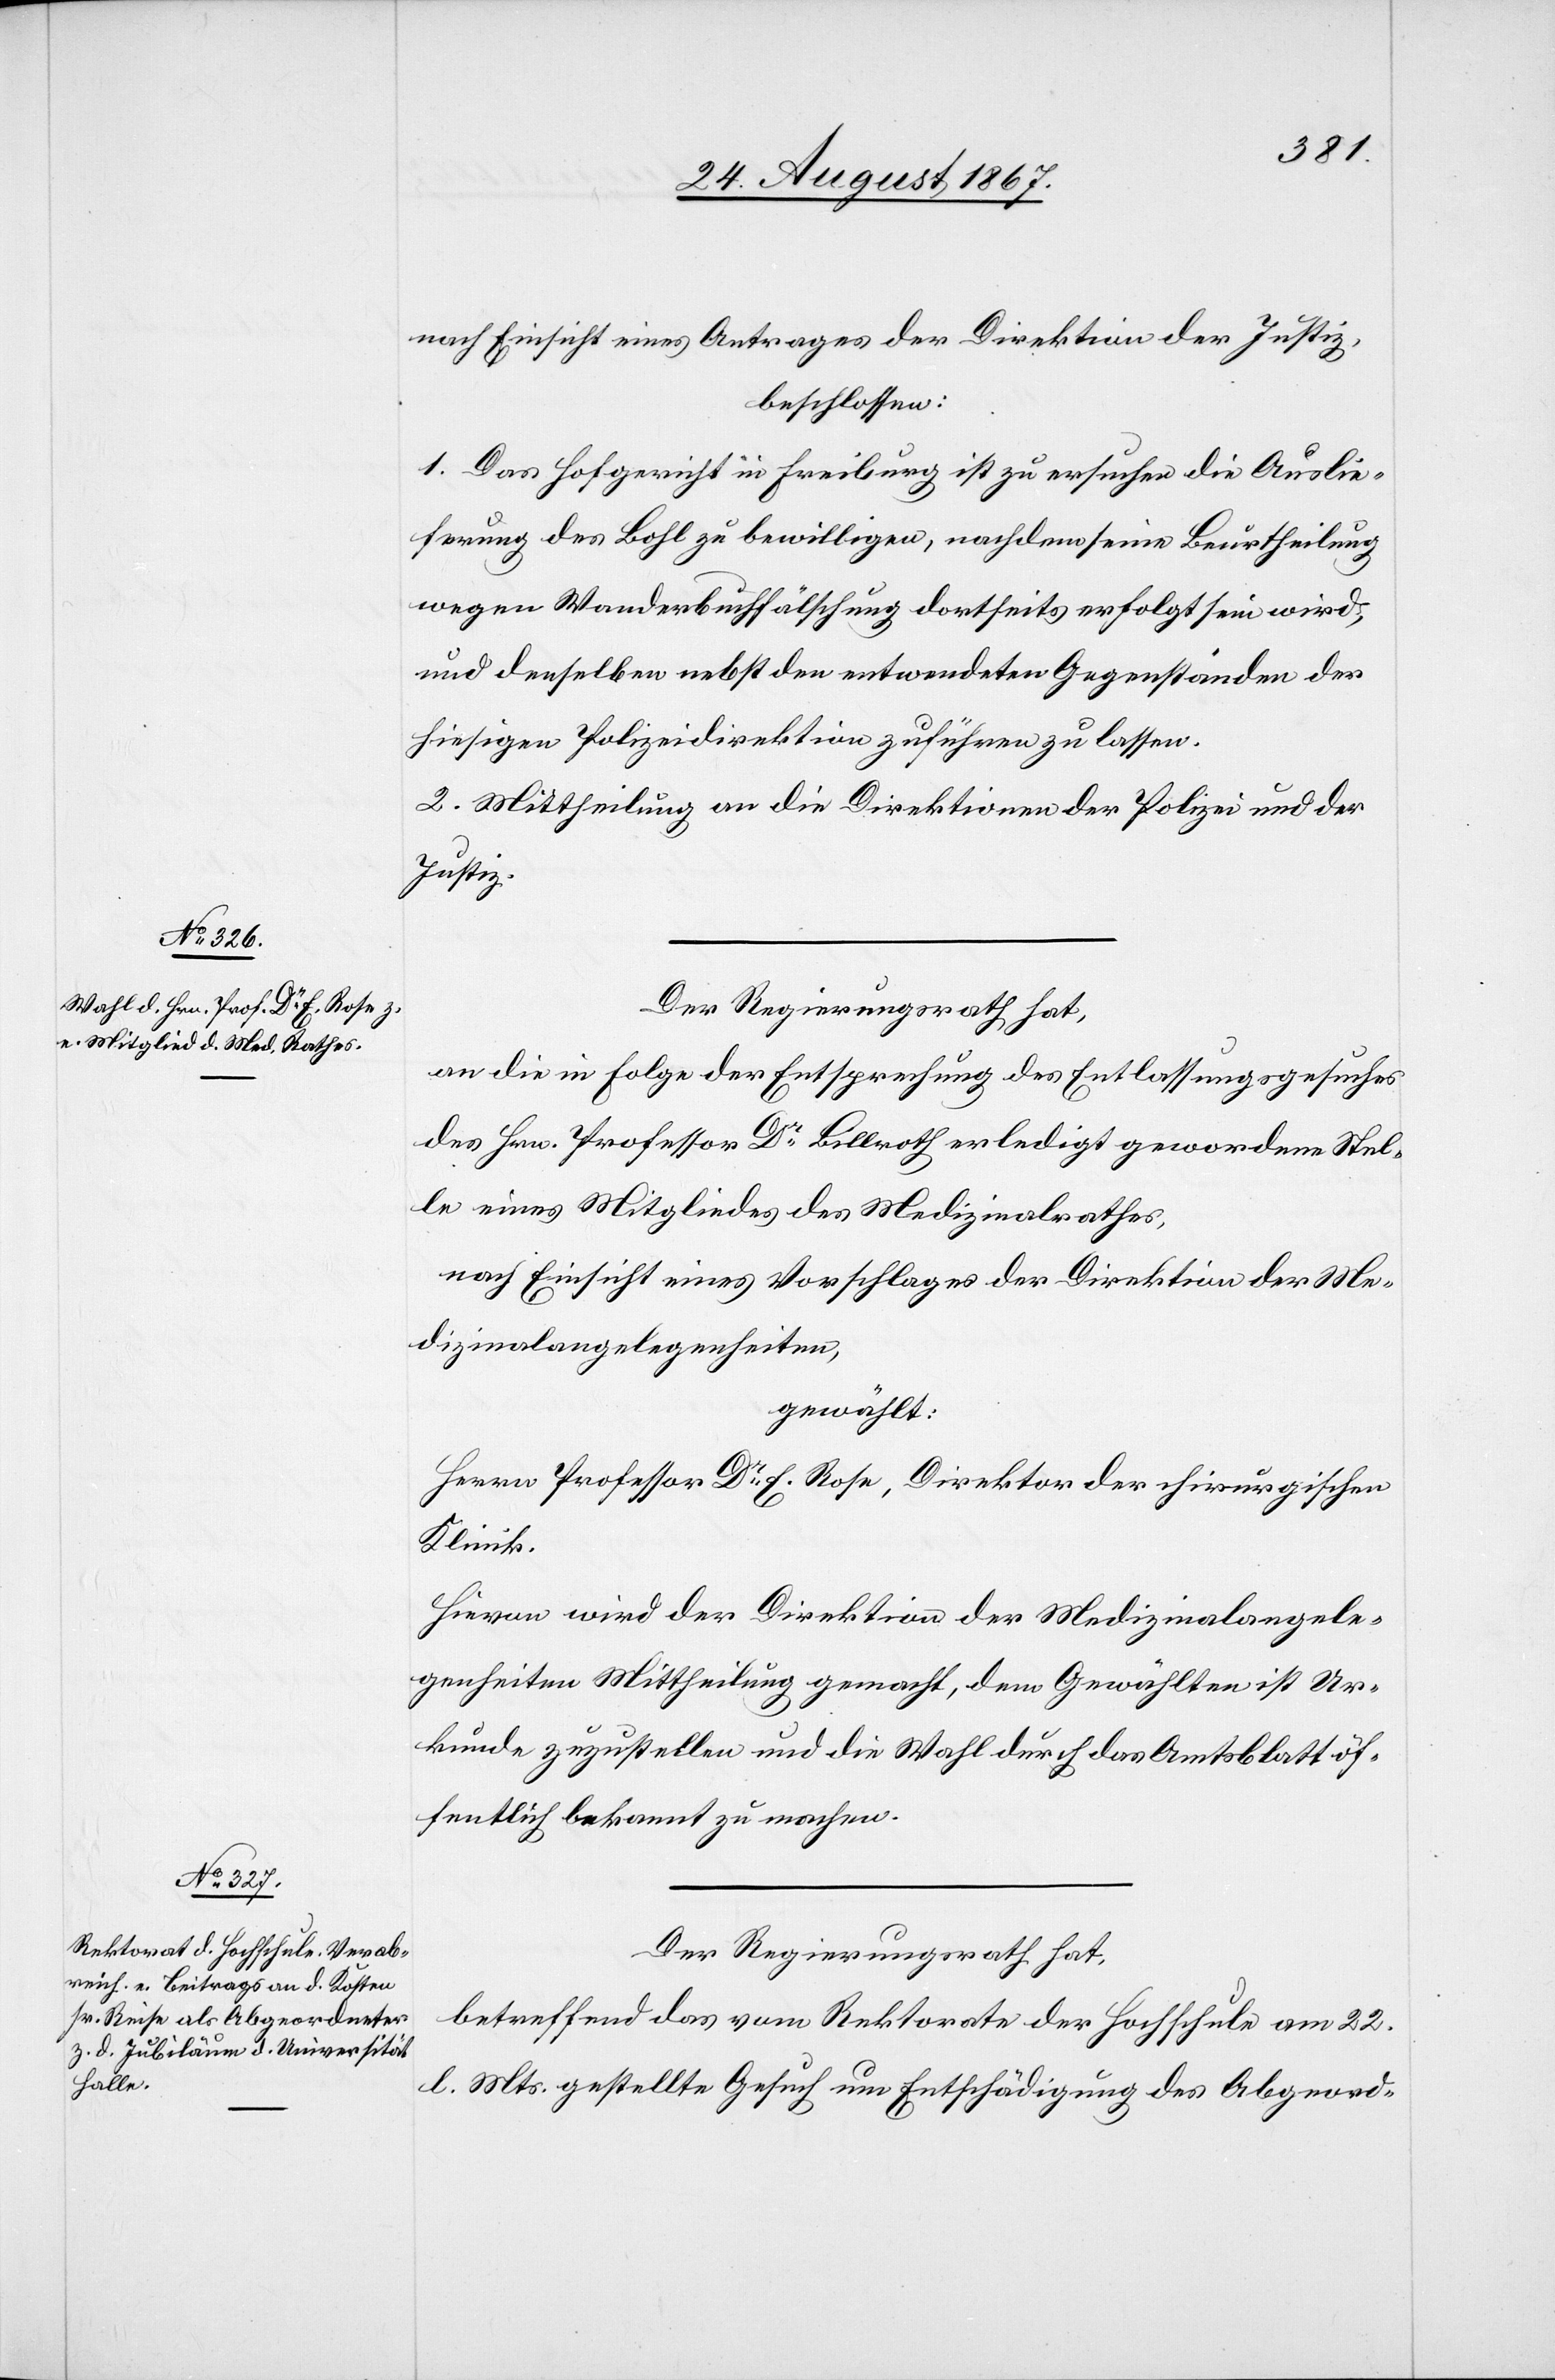
nach Einsicht eines Antrages der Direktion der Justiz,
beschlossen:
1. Das Hofgericht in Freiburg ist zu ersuchen die Auslie¬
ferung des Bohl zu bewilligen, nachdem seine Beurtheilung
wegen Wanderbuchfälschung dortseits erfolgt sein wird
und denselben nebst den entwendeten Gegenständen der
hiesigen Polizeidirektion zuführen zu lassen.
2. Mittheilung an die Direktionen der Polizei und der
Justiz.
Der Regierungsrath hat,
an die in Folge der Entsprechung des Entlassungsgesuches
des Hrn. Professor Dr. Billroth erledigt gewordene Stel¬
le eines Mitgliedes des Medizinalrathes,
nach Einsicht eines Vorschlages der Direktion der Me¬
dizinalangelegenheiten,
gewählt:
Herrn Professor Dr. E. Rose, Direktor der chirurgischen
ekannt
Hievon wird der Direktion der Medizinalangele¬
genheiten Mittheilung gemacht, dem Gewählten ist Ur¬
kunde zuzustellen und die Wahl durch das Amtsblatt b¬
Der Regierungsrath hat,
betreffend das vom Rektorate der Hochschule am 22.
l. Mts. gestellte Gesuch um Entschädigung des Abgeord-